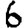
Digit: 6